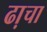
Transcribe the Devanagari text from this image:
ढा़चा